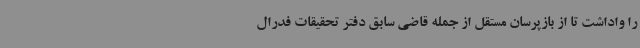
را واداشت تا از بازپرسان مستقل از جمله قاضی سابق دفتر تحقیقات فدرال